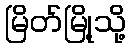
မြိတ်မြို့သို့